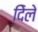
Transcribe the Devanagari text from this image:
दिेले